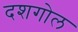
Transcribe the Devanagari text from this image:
दशगोल